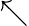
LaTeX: \nwarrow